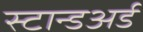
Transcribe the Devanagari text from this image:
स्टान्डअर्ड